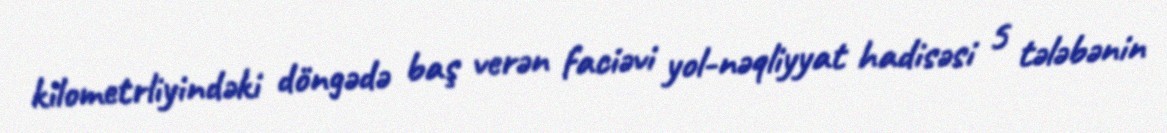
kilometrliyindəki döngədə baş verən faciəvi yol-nəqliyyat hadisəsi 5 tələbənin